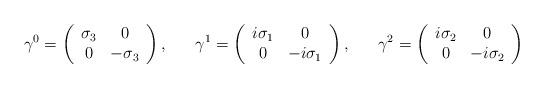
LaTeX: \begin{align*}\gamma^0 = \left( \begin{array}{cc} \sigma_3 & 0 \\ 0 & -\sigma_3 \end{array}\right),\ \ \ \ \ \gamma^1 = \left( \begin{array}{cc} i\sigma_1 & 0 \\ 0 & -i\sigma_1 \end{array}\right),\ \ \ \ \ \gamma^2 = \left( \begin{array}{cc} i\sigma_2 & 0 \\ 0 & -i\sigma_2 \end{array}\right)\end{align*}